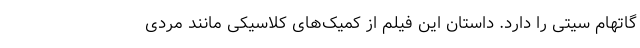
گاتهام سیتی را دارد. داستان این فیلم از کمیک‌های کلاسیکی مانند مردی